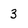
Character: 3